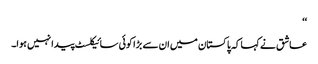
‘‘
عاشق نے کہا کہ پاکستان میں ان سے بڑا کوئی سائیکلسٹ پیدا نہیں ہوا۔